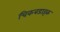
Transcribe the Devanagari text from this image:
चिकबडाइक